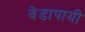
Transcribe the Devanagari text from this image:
वेडापायी